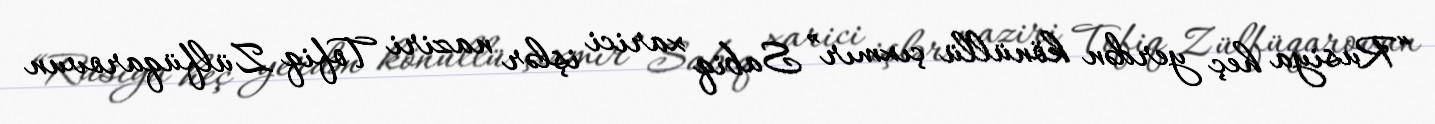
“Rusiya heç yerdən könüllü çıxmır” Sabiq xarici işlər naziri Tofiq Zülfüqarovun